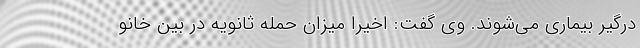
درگیر بیماری می‌شوند. وی گفت: اخیرا میزان حمله ثانویه در بین خانو